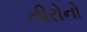
તીરોનો